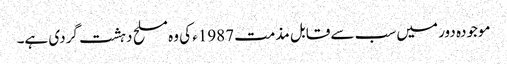
موجودہ دور میں سب سے قابل مذمت 1987ء کی وہ مسلح دہشت گردی ہے۔